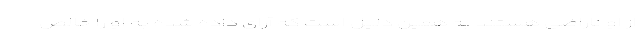
از او ناراضی هستند به همین دلیل است که آرای داده شده به او را خالص